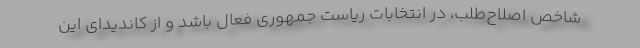
شاخص اصلاح‌طلب، در انتخابات ریاست جمهوری فعال باشد و از کاندیدای این